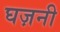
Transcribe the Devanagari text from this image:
घज़नी